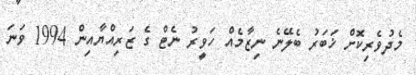
މެދުވެރިކޮށް ޚަބަރު ބެލޭނެ ނިޒާމެއް ހަވީރު ނެޓް ގެ ޒަރިއްޔާއިން 1994 ވަނަ